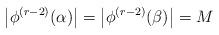
LaTeX: \begin{align*}\left|\phi^{(r-2)}(\alpha)\right|=\left|\phi^{(r-2)}(\beta)\right|=M\end{align*}